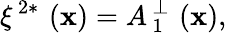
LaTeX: \xi^{\, 2\ast}\, \left(\mathbf{x}\right)=A_{\, 1}^{\, \perp}\, \left(\mathbf{x}\right),